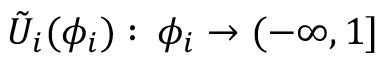
\tilde { U } _ { i } ( \phi _ { i } ) : \, \phi _ { i } \to ( - \infty , 1 ]